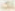
ك